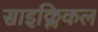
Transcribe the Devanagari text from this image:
साइक्लिकल